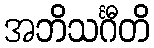
အဘိသင်္ဂီတိ